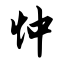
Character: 忡